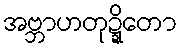
အဗ္ဘာဟတုဍ္ဍိတော